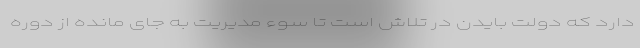
دارد که دولت بایدن در تلاش است تا سوء مدیریت به جای مانده از دوره